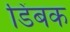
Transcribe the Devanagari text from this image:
डिंबक